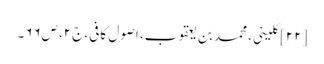
[۲۲] کلینی، محمد بن یعقوب، اصول کافی، ج۲، ص۶۶۔